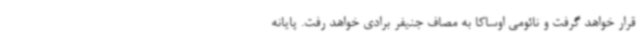
قرار خواهد گرفت و نائومی اوساکا به مصاف جنیفر برادی خواهد رفت. پایانه